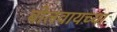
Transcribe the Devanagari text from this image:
बोलवायच्या